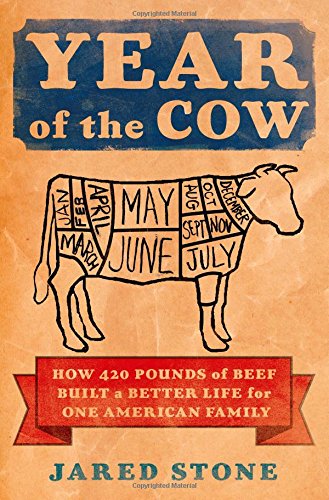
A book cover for Year of the Cow: How 420 Pounds of Beef Built a Better Life for One American Family; Jared Stone; Cookbooks, Food & Wine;